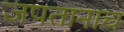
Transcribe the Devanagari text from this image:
जपतानाच